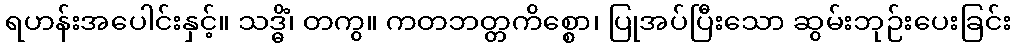
ရဟန်းအပေါင်းနှင့်။ သဒ္ဓိံ၊ တကွ။ ကတဘတ္တကိစ္စော၊ ပြုအပ်ပြီးသော ဆွမ်းဘုဉ်းပေးခြင်း